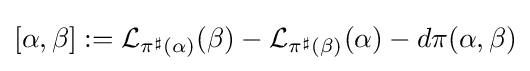
[\alpha ,\beta ]:={\mathcal {L}}_{\pi ^{\sharp }(\alpha )}(\beta )-{\mathcal {L}}_{\pi ^{\sharp }(\beta )}(\alpha )-d\pi (\alpha ,\beta )